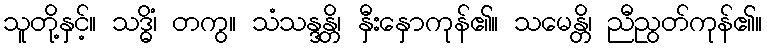
သူတို့နှင့်။ သဒ္ဓိံ၊ တကွ။ သံသန္ဒန္တိ၊ နှီးနှောကုန်၏။ သမေန္တိ၊ ညီညွတ်ကုန်၏။